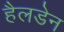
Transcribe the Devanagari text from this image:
हैलडेन